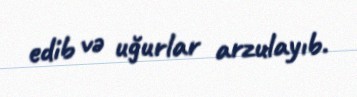
edib və uğurlar arzulayıb.